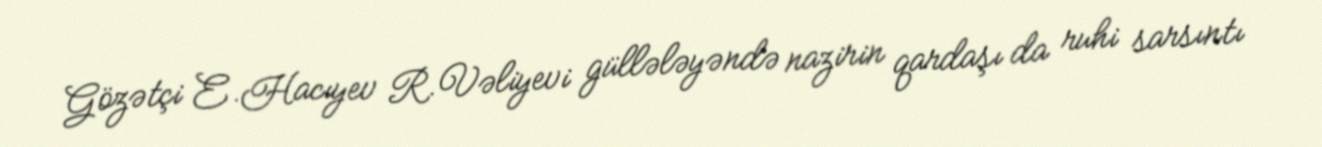
Gözətçi E.Hacıyev R.Vəliyevi güllələyəndə nazirin qardaşı da ruhi sarsıntı